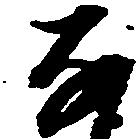
な